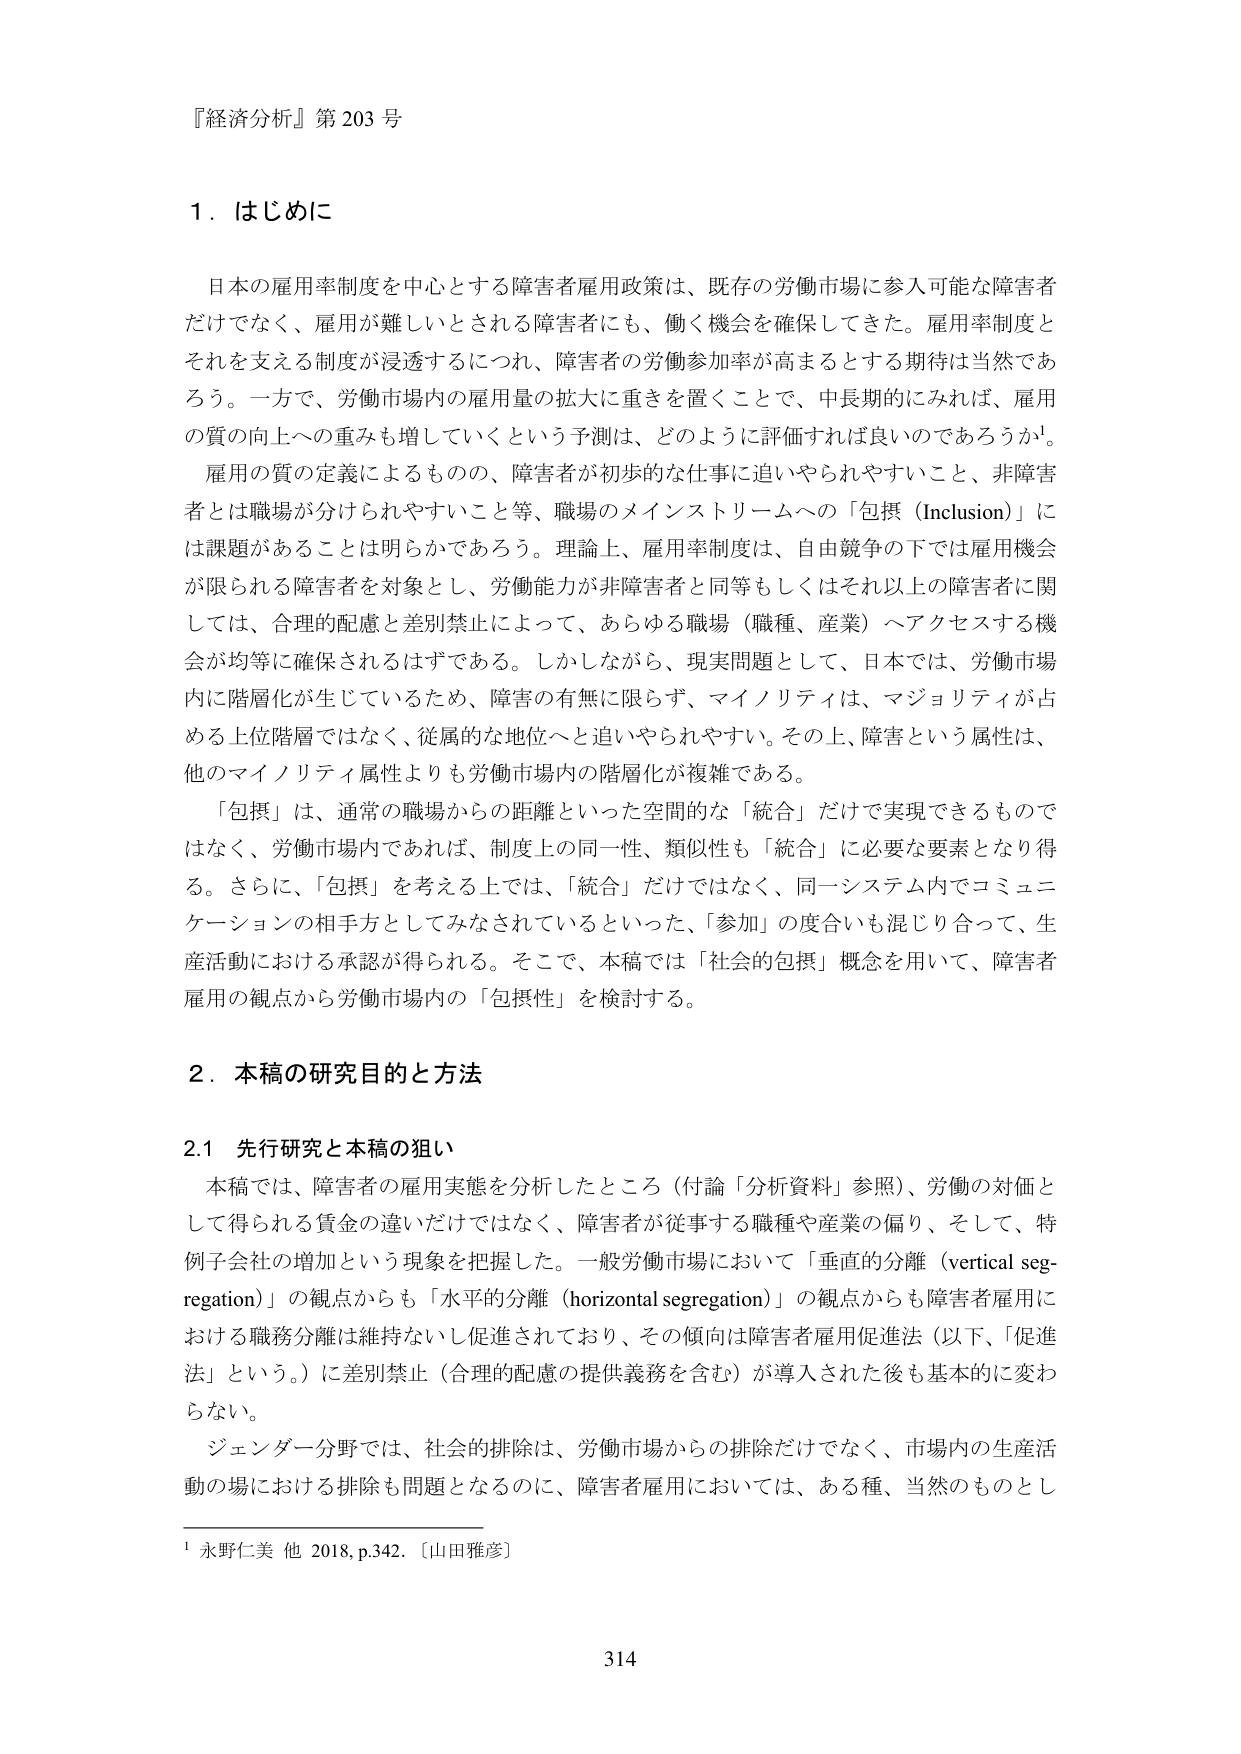
『経済分析』第203号

1．はじめに

日本の雇用率制度を中心とする障害者雇用政策は、既存の労働市場に参入可能な障害者だけでなく、雇用が難しいとされる障害者にも、働く機会を確保してきた。雇用率制度とそれを支える制度が浸透するにつれ、障害者の労働参加率が高まるとする期待は当然であろう。一方で、労働市場内の雇用量の拡大に重きを置くことで、中長期的にみれば、雇用の質の向上への重みも増していくという予測は、どのように評価すれば良いのであろうか¹。

雇用の質の定義によるものの、障害者が初歩的な仕事に追いやりやすいこと、非障害者とは職場が分けられやすいこと等、職場のメインストリームへの「包摂（Inclusion）」には課題があることは明らかであろう。理論上、雇用率制度は、自由競争の下では雇用機会が限られる障害者を対象とし、労働能力が非障害者と同等もしくはそれ以上の障害者に関しては、合理的配慮と差別禁止によって、あらゆる職場（職種、産業）へアクセスする機会が均等に確保されるはずである。しかしながら、現実問題として、日本では、労働市場内に階層化が生じているため、障害の有無に限らず、マイノリティは、マジョリティが占める上位階層ではなく、従属的な地位へと追いやりやすい。その上、障害という属性は、他のマイノリティ属性よりも労働市場内の階層化が複雑である。

「包摂」は、通常の職場からの距離といった空間的な「統合」だけで実現できるものではなく、労働市場内であれば、制度上の同一性、類似性も「統合」に必要な要素となり得る。さらに、「包摂」を考える上では、「統合」だけではなく、同一システム内でコミュニケーションの相手方としてみなされているといった、「参加」の度合いも混じり合って、生産活動における承認が得られる。そこで、本稿では「社会的包摂」概念を用いて、障害者雇用の観点から労働市場内の「包摂性」を検討する。

2．本稿の研究目的と方法

2.1 先行研究と本稿の狙い

本稿では、障害者の雇用実態を分析したところ（付論「分析資料」参照）、労働の対価として得られる賃金の違いだけではなく、障害者が従事する職種や産業の偏り、そして、特例子会社の増加という現象を把握した。一般労働市場において「垂直的分離（vertical segregation）」の観点からも「水平的分離（horizontal segregation）」の観点からも障害者雇用における職務分離は維持ないし促進されており、その傾向は障害者雇用促進法（以下、「促進法」という。）に差別禁止（合理的配慮の提供義務を含む）が導入された後も基本的に変わらない。

ジェンダー分野では、社会的排除は、労働市場からの排除だけでなく、市場内の生産活動の場における排除も問題となるのに、障害者雇用においては、ある種、当然のものとし

¹ 永野仁美 他 2018, p.342.〔山田雅彦〕

314